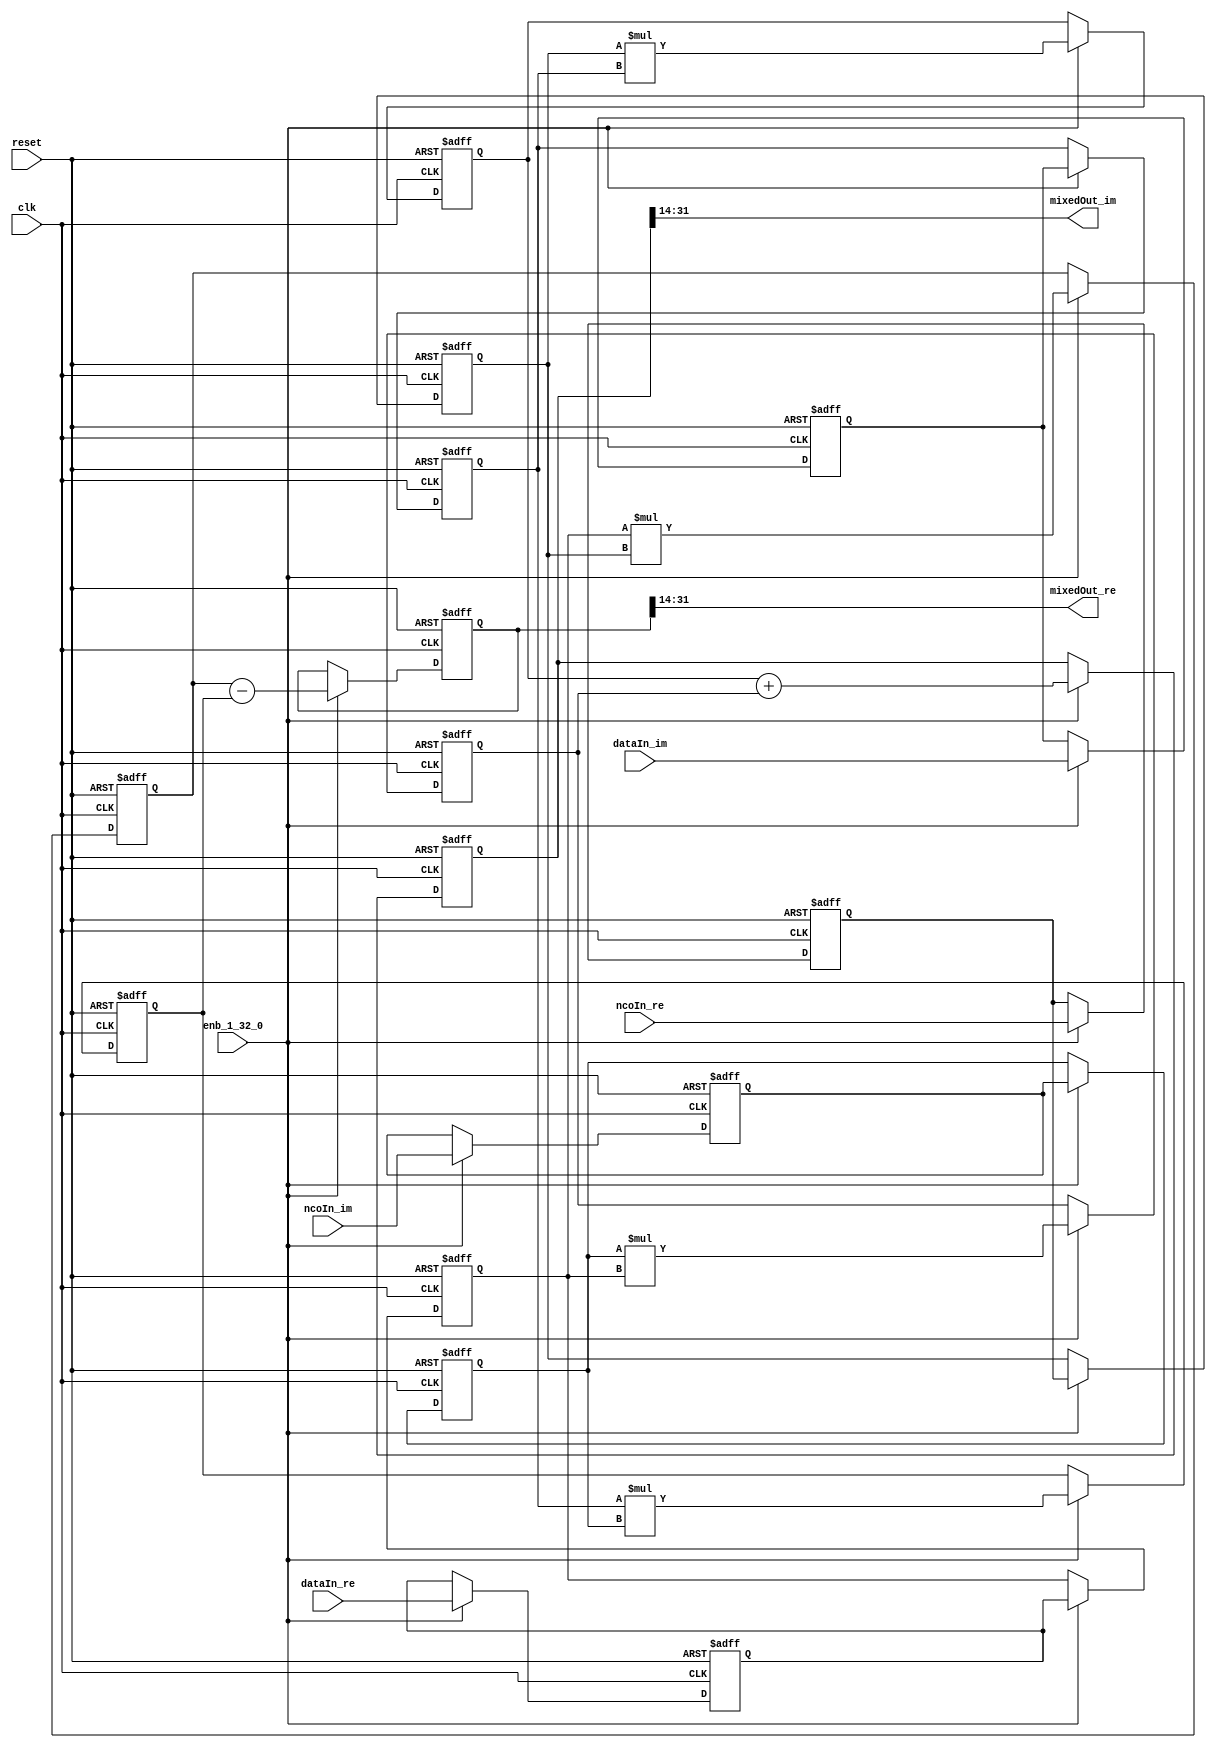
// -------------------------------------------------------------
// 
// 
// Generated by MATLAB 9.13 and HDL Coder 4.0
// 
// -------------------------------------------------------------


// -------------------------------------------------------------
// 
// Module: Mixer
// Source Path: whdlOFDMTransmitter_up_con/OFDM_UC/HDL_DUC/Mixer
// Hierarchy Level: 2
// 
// -------------------------------------------------------------

`timescale 1 ns / 1 ns

module Mixer
          (clk,
		   reset,
           enb_1_32_0,
           dataIn_re,
           dataIn_im,
           ncoIn_re,
           ncoIn_im,
           mixedOut_re,
           mixedOut_im);


  input   clk;
  input   reset;
  input   enb_1_32_0;
  input   signed [17:0] dataIn_re;  // sfix18_En14
  input   signed [17:0] dataIn_im;  // sfix18_En14
  input   signed [17:0] ncoIn_re;  // sfix18_En16
  input   signed [17:0] ncoIn_im;  // sfix18_En16
  output  signed [17:0] mixedOut_re;  // sfix18_En16
  output  signed [17:0] mixedOut_im;  // sfix18_En16


  reg signed [17:0] Delay1_reg [0:1];  // sfix18 [2]
  wire signed [17:0] Delay1_reg_next [0:1];  // sfix18_En14 [2]
  wire signed [17:0] Delay1_out1;  // sfix18_En14
  reg signed [17:0] Delay3_reg [0:1];  // sfix18 [2]
  wire signed [17:0] Delay3_reg_next [0:1];  // sfix18_En16 [2]
  wire signed [17:0] Delay3_out1;  // sfix18_En16
  wire signed [35:0] Product1_out1;  // sfix36_En30
  reg signed [35:0] Delay6_out1;  // sfix36_En30
  reg signed [17:0] Delay2_reg [0:1];  // sfix18 [2]
  wire signed [17:0] Delay2_reg_next [0:1];  // sfix18_En14 [2]
  wire signed [17:0] Delay2_out1;  // sfix18_En14
  reg signed [17:0] Delay4_reg [0:1];  // sfix18 [2]
  wire signed [17:0] Delay4_reg_next [0:1];  // sfix18_En16 [2]
  wire signed [17:0] Delay4_out1;  // sfix18_En16
  wire signed [35:0] Product2_out1;  // sfix36_En30
  reg signed [35:0] Delay7_out1;  // sfix36_En30
  wire signed [36:0] Add_sub_cast;  // sfix37_En30
  wire signed [36:0] Add_sub_cast_1;  // sfix37_En30
  wire signed [36:0] Add_out1;  // sfix37_En30
  reg signed [36:0] Delay12_out1;  // sfix37_En30
  wire signed [17:0] Data_Type_Conversion1_out1;  // sfix18_En16
  wire signed [35:0] Product3_out1;  // sfix36_En30
  reg signed [35:0] Delay10_out1;  // sfix36_En30
  wire signed [35:0] Product4_out1;  // sfix36_En30
  reg signed [35:0] Delay11_out1;  // sfix36_En30
  wire signed [36:0] Add1_add_cast;  // sfix37_En30
  wire signed [36:0] Add1_add_cast_1;  // sfix37_En30
  wire signed [36:0] Add1_out1;  // sfix37_En30
  reg signed [36:0] Delay13_out1;  // sfix37_En30
  wire signed [17:0] Data_Type_Conversion2_out1;  // sfix18_En16

//  initial begin
//    Delay3_reg[0] = 18'sb000000000000000000;
//    Delay3_reg[1] = 18'sb000000000000000000;
//    Delay6_out1 = 36'sh000000000;
//    Delay2_reg[0] = 18'sb000000000000000000;
//    Delay2_reg[1] = 18'sb000000000000000000;
//    Delay4_reg[0] = 18'sb000000000000000000;
//    Delay4_reg[1] = 18'sb000000000000000000;
//    Delay7_out1 = 36'sh000000000;
//    Delay12_out1 = 37'sh0000000000;
//    Delay10_out1 = 36'sh000000000;
//    Delay11_out1 = 36'sh000000000;
//    Delay13_out1 = 37'sh0000000000;
//  end

  always @(posedge clk or posedge reset)
    begin : Delay1_process
	  if (reset == 1'b1) begin
		Delay1_reg[0] <= 0;
		Delay1_reg[1] <= 0;
      end
      else begin
		  if (enb_1_32_0) begin
			Delay1_reg[0] <= Delay1_reg_next[0];
			Delay1_reg[1] <= Delay1_reg_next[1];
		  end
	  end
    end

  assign Delay1_out1 = Delay1_reg[1];
  assign Delay1_reg_next[0] = dataIn_re;
  assign Delay1_reg_next[1] = Delay1_reg[0];



  always @(posedge clk or posedge reset)
    begin : Delay3_process
    if (reset == 1'b1) begin
		Delay3_reg[0] <= 0;
		Delay3_reg[1] <= 0;
      end
      else begin
      if (enb_1_32_0) begin
        Delay3_reg[0] <= Delay3_reg_next[0];
        Delay3_reg[1] <= Delay3_reg_next[1];
      end
      end
    end

  assign Delay3_out1 = Delay3_reg[1];
  assign Delay3_reg_next[0] = ncoIn_re;
  assign Delay3_reg_next[1] = Delay3_reg[0];



  assign Product1_out1 = Delay1_out1 * Delay3_out1;



  always @(posedge clk or posedge reset)
    begin : Delay6_process
    if (reset == 1'b1) begin
		Delay6_out1 <= 0;
      end
      else begin
      if (enb_1_32_0) begin
        Delay6_out1 <= Product1_out1;
      end
      end
    end



  always @(posedge clk or posedge reset)
    begin : Delay2_process
    if (reset == 1'b1) begin
		Delay2_reg[0] <= 0;
		Delay2_reg[1] <= 0;
      end
      else begin
      if (enb_1_32_0) begin
        Delay2_reg[0] <= Delay2_reg_next[0];
        Delay2_reg[1] <= Delay2_reg_next[1];
      end
      end
    end

  assign Delay2_out1 = Delay2_reg[1];
  assign Delay2_reg_next[0] = dataIn_im;
  assign Delay2_reg_next[1] = Delay2_reg[0];



  always @(posedge clk or posedge reset)
    begin : Delay4_process
    if (reset == 1'b1) begin
		Delay4_reg[0] <= 0;
		Delay4_reg[1] <= 0;
      end
      else begin
      if (enb_1_32_0) begin
        Delay4_reg[0] <= Delay4_reg_next[0];
        Delay4_reg[1] <= Delay4_reg_next[1];
      end
      end
    end

  assign Delay4_out1 = Delay4_reg[1];
  assign Delay4_reg_next[0] = ncoIn_im;
  assign Delay4_reg_next[1] = Delay4_reg[0];



  assign Product2_out1 = Delay2_out1 * Delay4_out1;



  always @(posedge clk or posedge reset)
    begin : Delay7_process
    if (reset == 1'b1) begin
		Delay7_out1 <= 0;
      end
      else begin
      if (enb_1_32_0) begin
        Delay7_out1 <= Product2_out1;
      end
      end
    end



  assign Add_sub_cast = {Delay6_out1[35], Delay6_out1};
  assign Add_sub_cast_1 = {Delay7_out1[35], Delay7_out1};
  assign Add_out1 = Add_sub_cast - Add_sub_cast_1;



  always @(posedge clk or posedge reset)
    begin : Delay12_process
    if (reset == 1'b1) begin
		Delay12_out1 <= 0;
      end
      else begin
      if (enb_1_32_0) begin
        Delay12_out1 <= Add_out1;
      end
      end
    end



  assign Data_Type_Conversion1_out1 = Delay12_out1[31:14];



  assign mixedOut_re = Data_Type_Conversion1_out1;

  assign Product3_out1 = Delay3_out1 * Delay2_out1;



  always @(posedge clk or posedge reset)
    begin : Delay10_process
    if (reset == 1'b1) begin
		Delay10_out1 <= 0;
      end
      else begin
      if (enb_1_32_0) begin
        Delay10_out1 <= Product3_out1;
      end
      end
    end



  assign Product4_out1 = Delay4_out1 * Delay1_out1;



  always @(posedge clk or posedge reset)
    begin : Delay11_process
    if (reset == 1'b1) begin
		Delay11_out1 <= 0;
      end
      else begin
      if (enb_1_32_0) begin
        Delay11_out1 <= Product4_out1;
      end
      end
    end



  assign Add1_add_cast = {Delay10_out1[35], Delay10_out1};
  assign Add1_add_cast_1 = {Delay11_out1[35], Delay11_out1};
  assign Add1_out1 = Add1_add_cast + Add1_add_cast_1;



  always @(posedge clk or posedge reset)
    begin : Delay13_process
    if (reset == 1'b1) begin
		Delay13_out1 <= 0;
      end
      else begin
      if (enb_1_32_0) begin
        Delay13_out1 <= Add1_out1;
      end
      end
    end



  assign Data_Type_Conversion2_out1 = Delay13_out1[31:14];



  assign mixedOut_im = Data_Type_Conversion2_out1;

endmodule  // Mixer